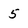
Character: 5